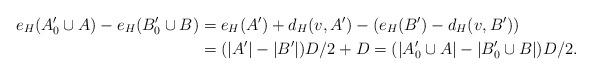
LaTeX: \begin{align*}e_H(A'_0 \cup A)-e_H(B'_0 \cup B) & = e_H(A') +d_H(v,A') -(e_H(B')-d_H(v,B')) \\& = (|A'|-|B'|)D/2 +D =(|A'_0 \cup A|-|B'_0 \cup B|)D/2.\end{align*}